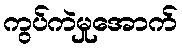
ကွပ်ကဲမှုအောက်